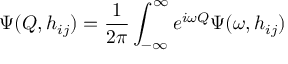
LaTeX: \Psi ( Q , h _ { i j } ) = \frac { 1 } { 2 \pi } \int _ { - \infty } ^ { \infty } e ^ { i \omega Q } \Psi ( \omega , h _ { i j } )